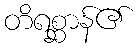
တိရစ္ဆာန်၏